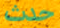
حدث